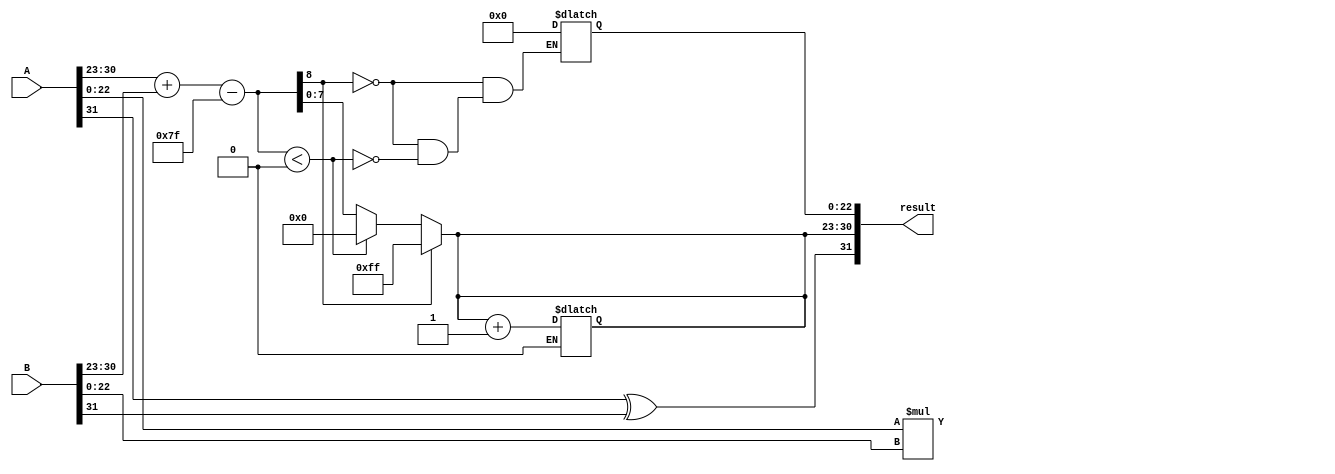
module float_multiplier (
    input  wire [31:0] A,   // First floating-point number
    input  wire [31:0] B,   // Second floating-point number
    output reg  [31:0] result // Resulting floating-point number
);

    // Constants
    localparam BIAS = 8'd127;

    // Internal signals
    wire a_sign, b_sign;
    wire [7:0] a_exponent, b_exponent;
    wire [22:0] a_mantissa, b_mantissa;
    wire [23:0] a_mantissa_ext, b_mantissa_ext; // Extended mantissas
    wire [47:0] mantissa_product; // Product of mantissas (at least 46 bits)
    wire [8:0] exp_sum; // Sum of exponents with bias
    reg [7:0] exp_result;
    reg [22:0] mantissa_result;
    reg result_sign;

    // Extract sign, exponent, and mantissa
    assign a_sign     = A[31];
    assign b_sign     = B[31];
    assign a_exponent = A[30:23];
    assign b_exponent = B[30:23];
    assign a_mantissa = {1'b1, A[22:0]}; // Add implicit leading one
    assign b_mantissa = {1'b1, B[22:0]}; // Add implicit leading one

    // Extend mantissas for multiplication
    assign a_mantissa_ext = a_mantissa;
    assign b_mantissa_ext = b_mantissa;

    // Mantissa multiplication
    assign mantissa_product = a_mantissa_ext * b_mantissa_ext;

    // Sign of the result is determined by XORing the signs of A and B
    always @(*) begin
        result_sign = a_sign ^ b_sign;
    end

    // Exponent calculation
    assign exp_sum = {1'b0, a_exponent} + {1'b0, b_exponent} - BIAS;

    always @(*) begin
        if (exp_sum[8] == 1'b1) begin
            // Overflow: Set to max exponent
            exp_result = 8'hFF; // Infinity
            mantissa_result = 23'b0;
        end else if (exp_sum < 9'b0) begin
            // Underflow: Set to min denormalized
            exp_result = 8'b0; // Denormalized
            mantissa_result = 23'b0; // Placeholder, will handle later
        end else begin
            exp_result = exp_sum[7:0]; // Normal case
        end
    end

    // Normalization of the result mantissa
    always @(*) begin
        if (mantissa_product[47]) begin
            // Normalize: Shift right and increment exponent
            mantissa_result = mantissa_product[46:24]; // 23 bits
            exp_result = exp_result + 1'b1;
        end else begin
            mantissa_result = mantissa_product[45:23]; // Already fits
        end
    end

    // Assemble final result
    always @(*) begin
        result = {result_sign, exp_result, mantissa_result};
    end

endmodule